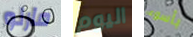
مارلو اليوم بأسوء